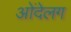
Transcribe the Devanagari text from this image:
ओंदेलग